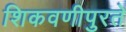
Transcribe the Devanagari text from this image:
शिकवणीपुरते